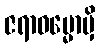
ဇရာဓမ္မောမှိ